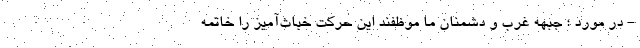
- در مورد ؛ جبهه غرب و دشمنان ما موظفند این حرکت خباث‌آمیز را خاتمه